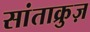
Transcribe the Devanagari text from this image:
सांताक्रुज़